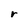
Character: r